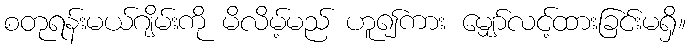
စတုရန်းမယ်ဂျိမ်းကို မိလိမ့်မည် ဟူ၍ကား မျှော်လင့်ထားခြင်းမရှိ။